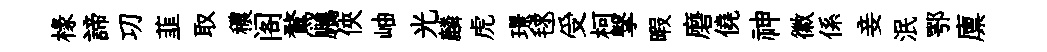
椽諦㓛韮取穠阁鶩鵬俠岫光麟虎璟毬受柯撃暇磨僥神徽係妾泯鄂廪